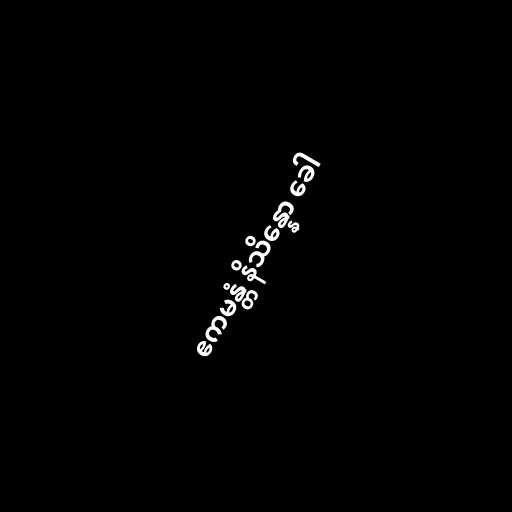
ဧကမန္တံ နိသိန္နော ခေါ